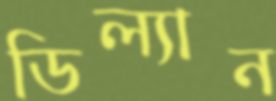
ডিল্যান